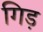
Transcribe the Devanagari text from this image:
गिड़